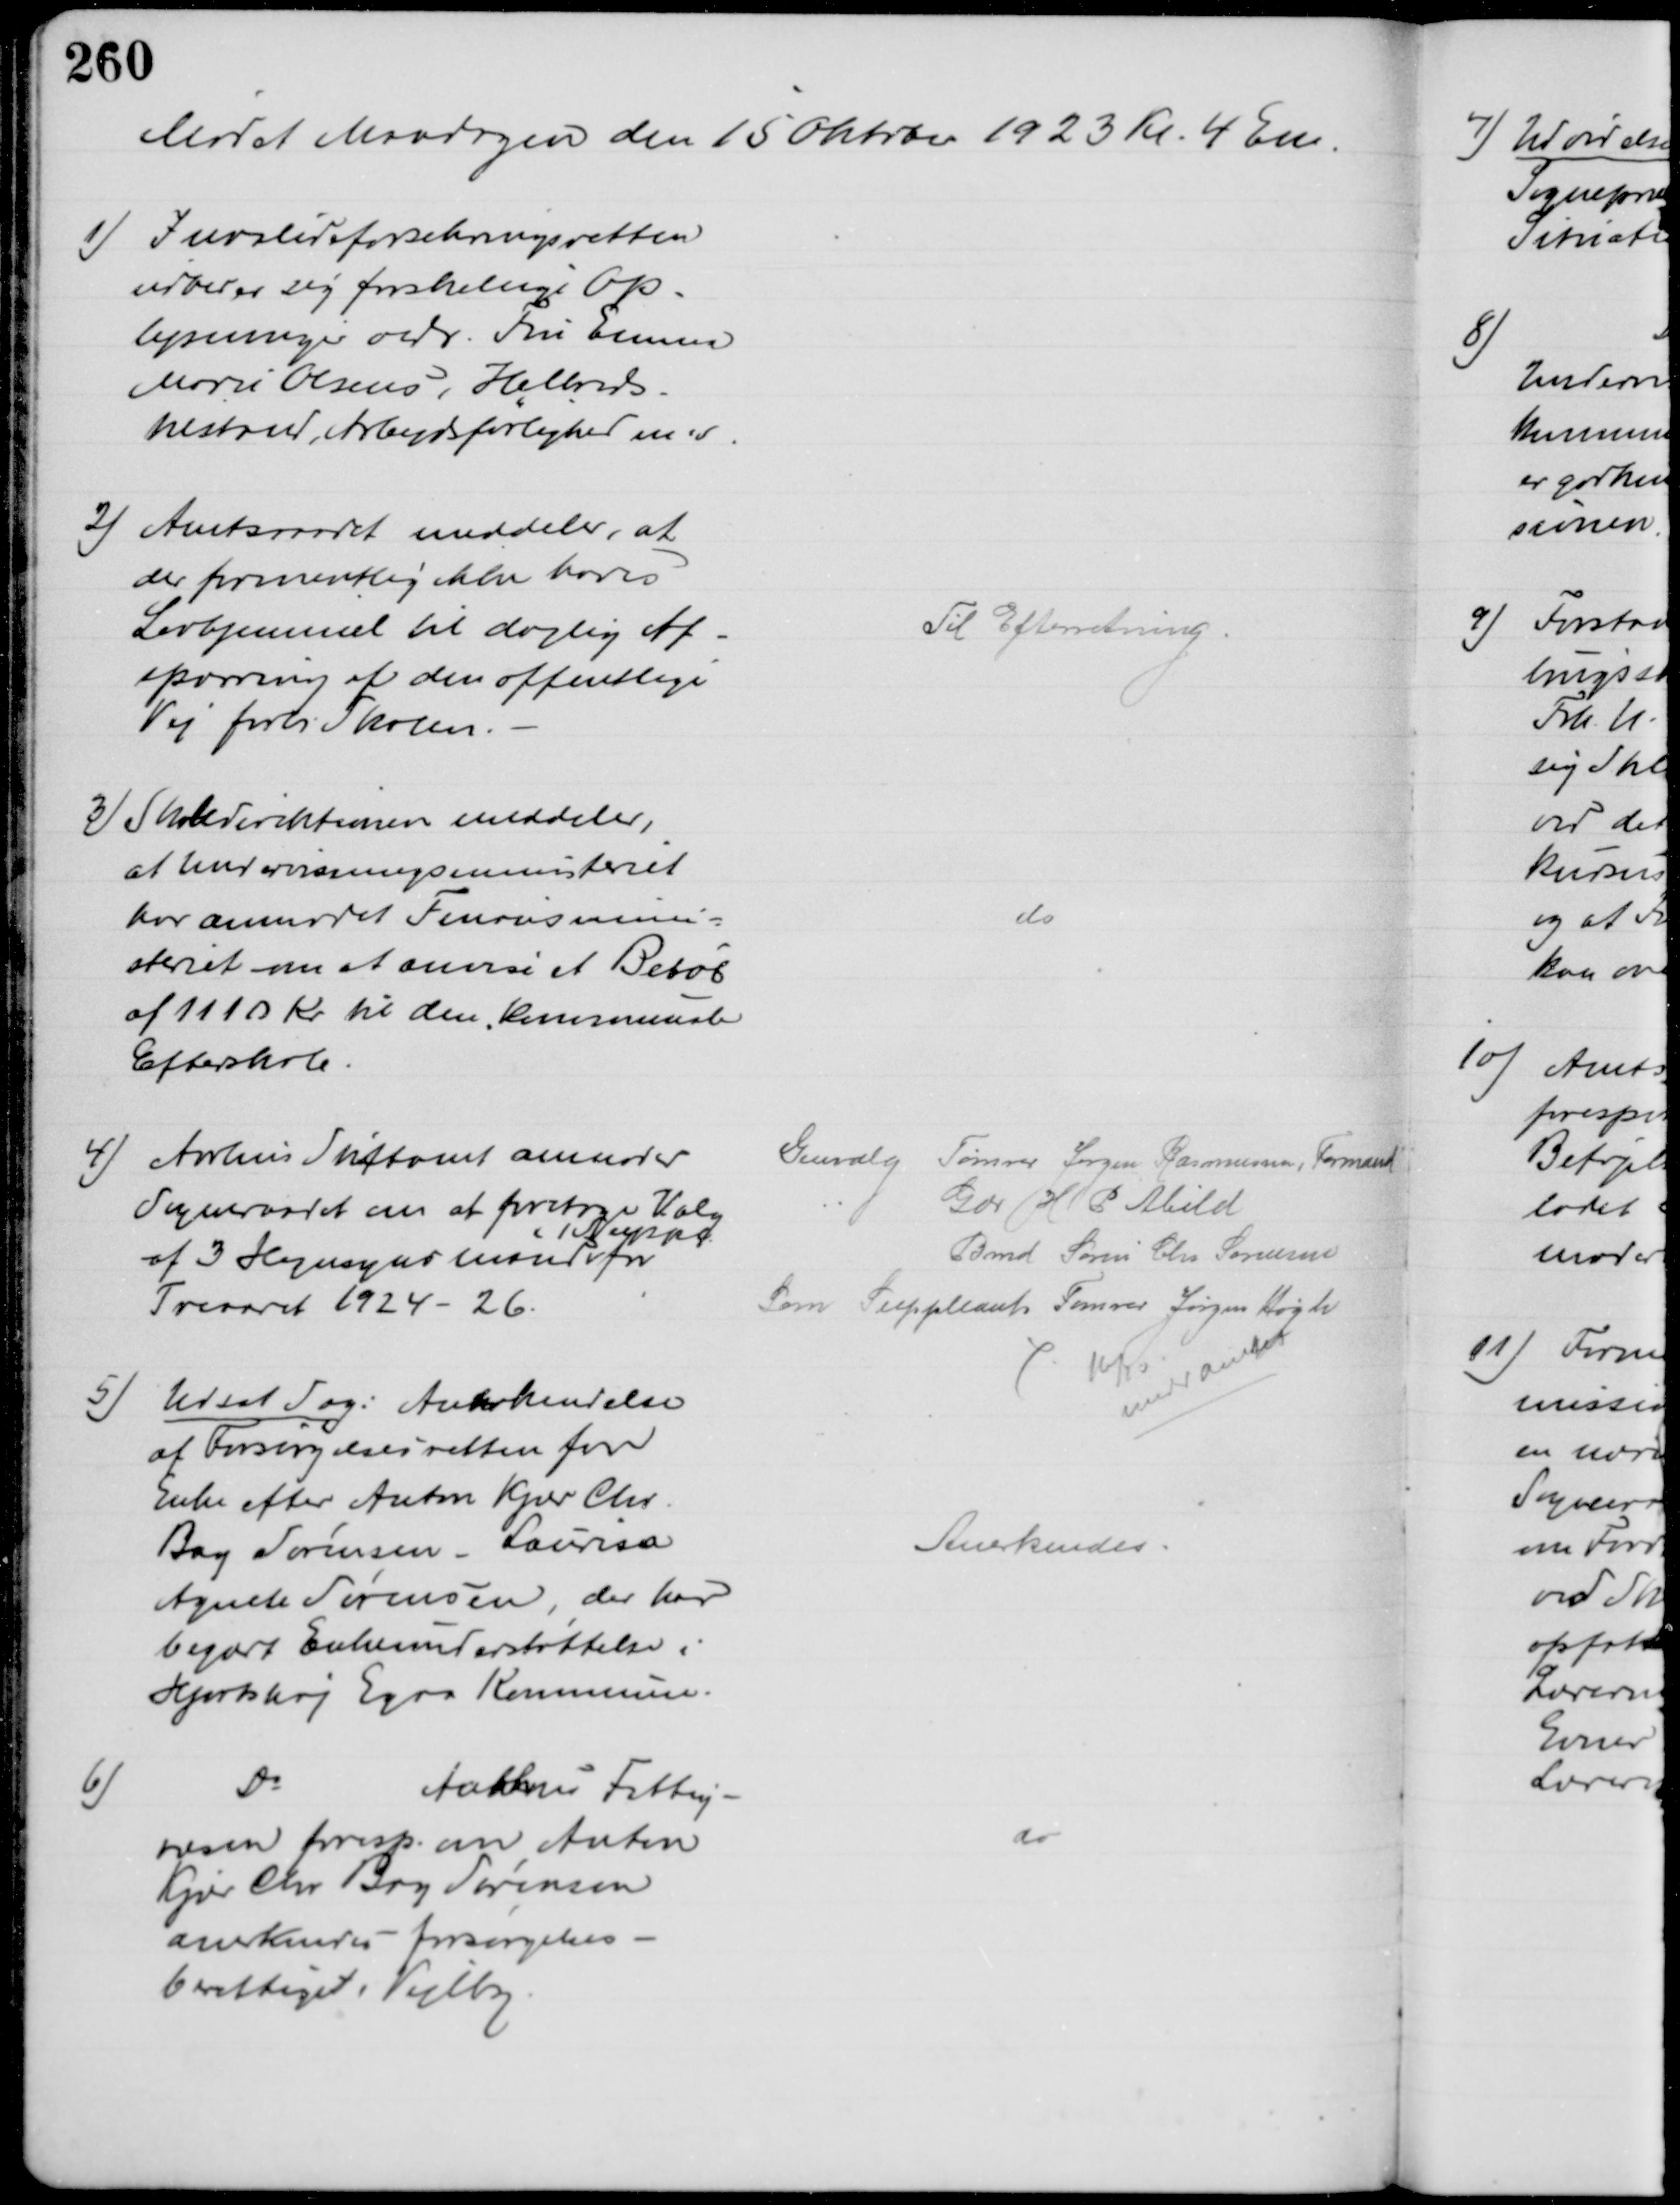
Transskription:
Mødet Mandagen den 15 Oktobr. 1923 Kl. 4 Em.
1) Invalideforsikringsretten
udbeder sig forskellige Op-
lysninger vedr. Fru Emma
Marie Olsens, Helbreds-
tilstand, Arbejdsførlighed m.v
2) Amtsraadet meddeler, at
der formentlig ikke haves 
Lovhjemmel til daglig Af-
spærring af den offentlige
Vej forbi Skolen.
Til Efterretning
3) Skoledirektionen meddeler,
at Undervisningsministeriet
har anmodet Finansmini-
steriet om at anvise et Beløb
af 1110 kr til den kommunale
Efterskole
do
4) Aarhus Stiftamt anmoder
Sogneraadet om at foretage Valg
af 3 Hegnsynsmænd 
& 1 Suppl.
for
Treaaret 1924-26.
Genvalg
Tømrer Jørgen Rasmussen, Formand
Gdr H P Abild
Bmd Søren Chr Sørensen
Som Suppleant Tømrer Jørgen Høgh
16/10
medd Amtet
5) Udsat Sag: Anerkendelse
af Forsørgelsesretten for
Enke efter Anton Kjær Chr
Bay Sørensen, Laurisa
Agnete Sørensen, der har
begært Enkeunderstøttelse i
Hjortshøj Egaa Kommune.
Anerkendes.
6)
Do
Aarhus Fattig-
væsen foresp. om Anton
Kjær Chr Bay Sørensen
anerkendes forsørgelses-
berettiget i Vejlby
do